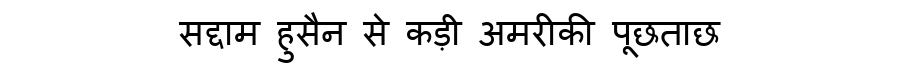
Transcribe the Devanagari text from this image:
सद्दाम हुसैन से कड़ी अमरीकी पूछताछ